Tartu_pedagoogiumi_aruanded, lk 7
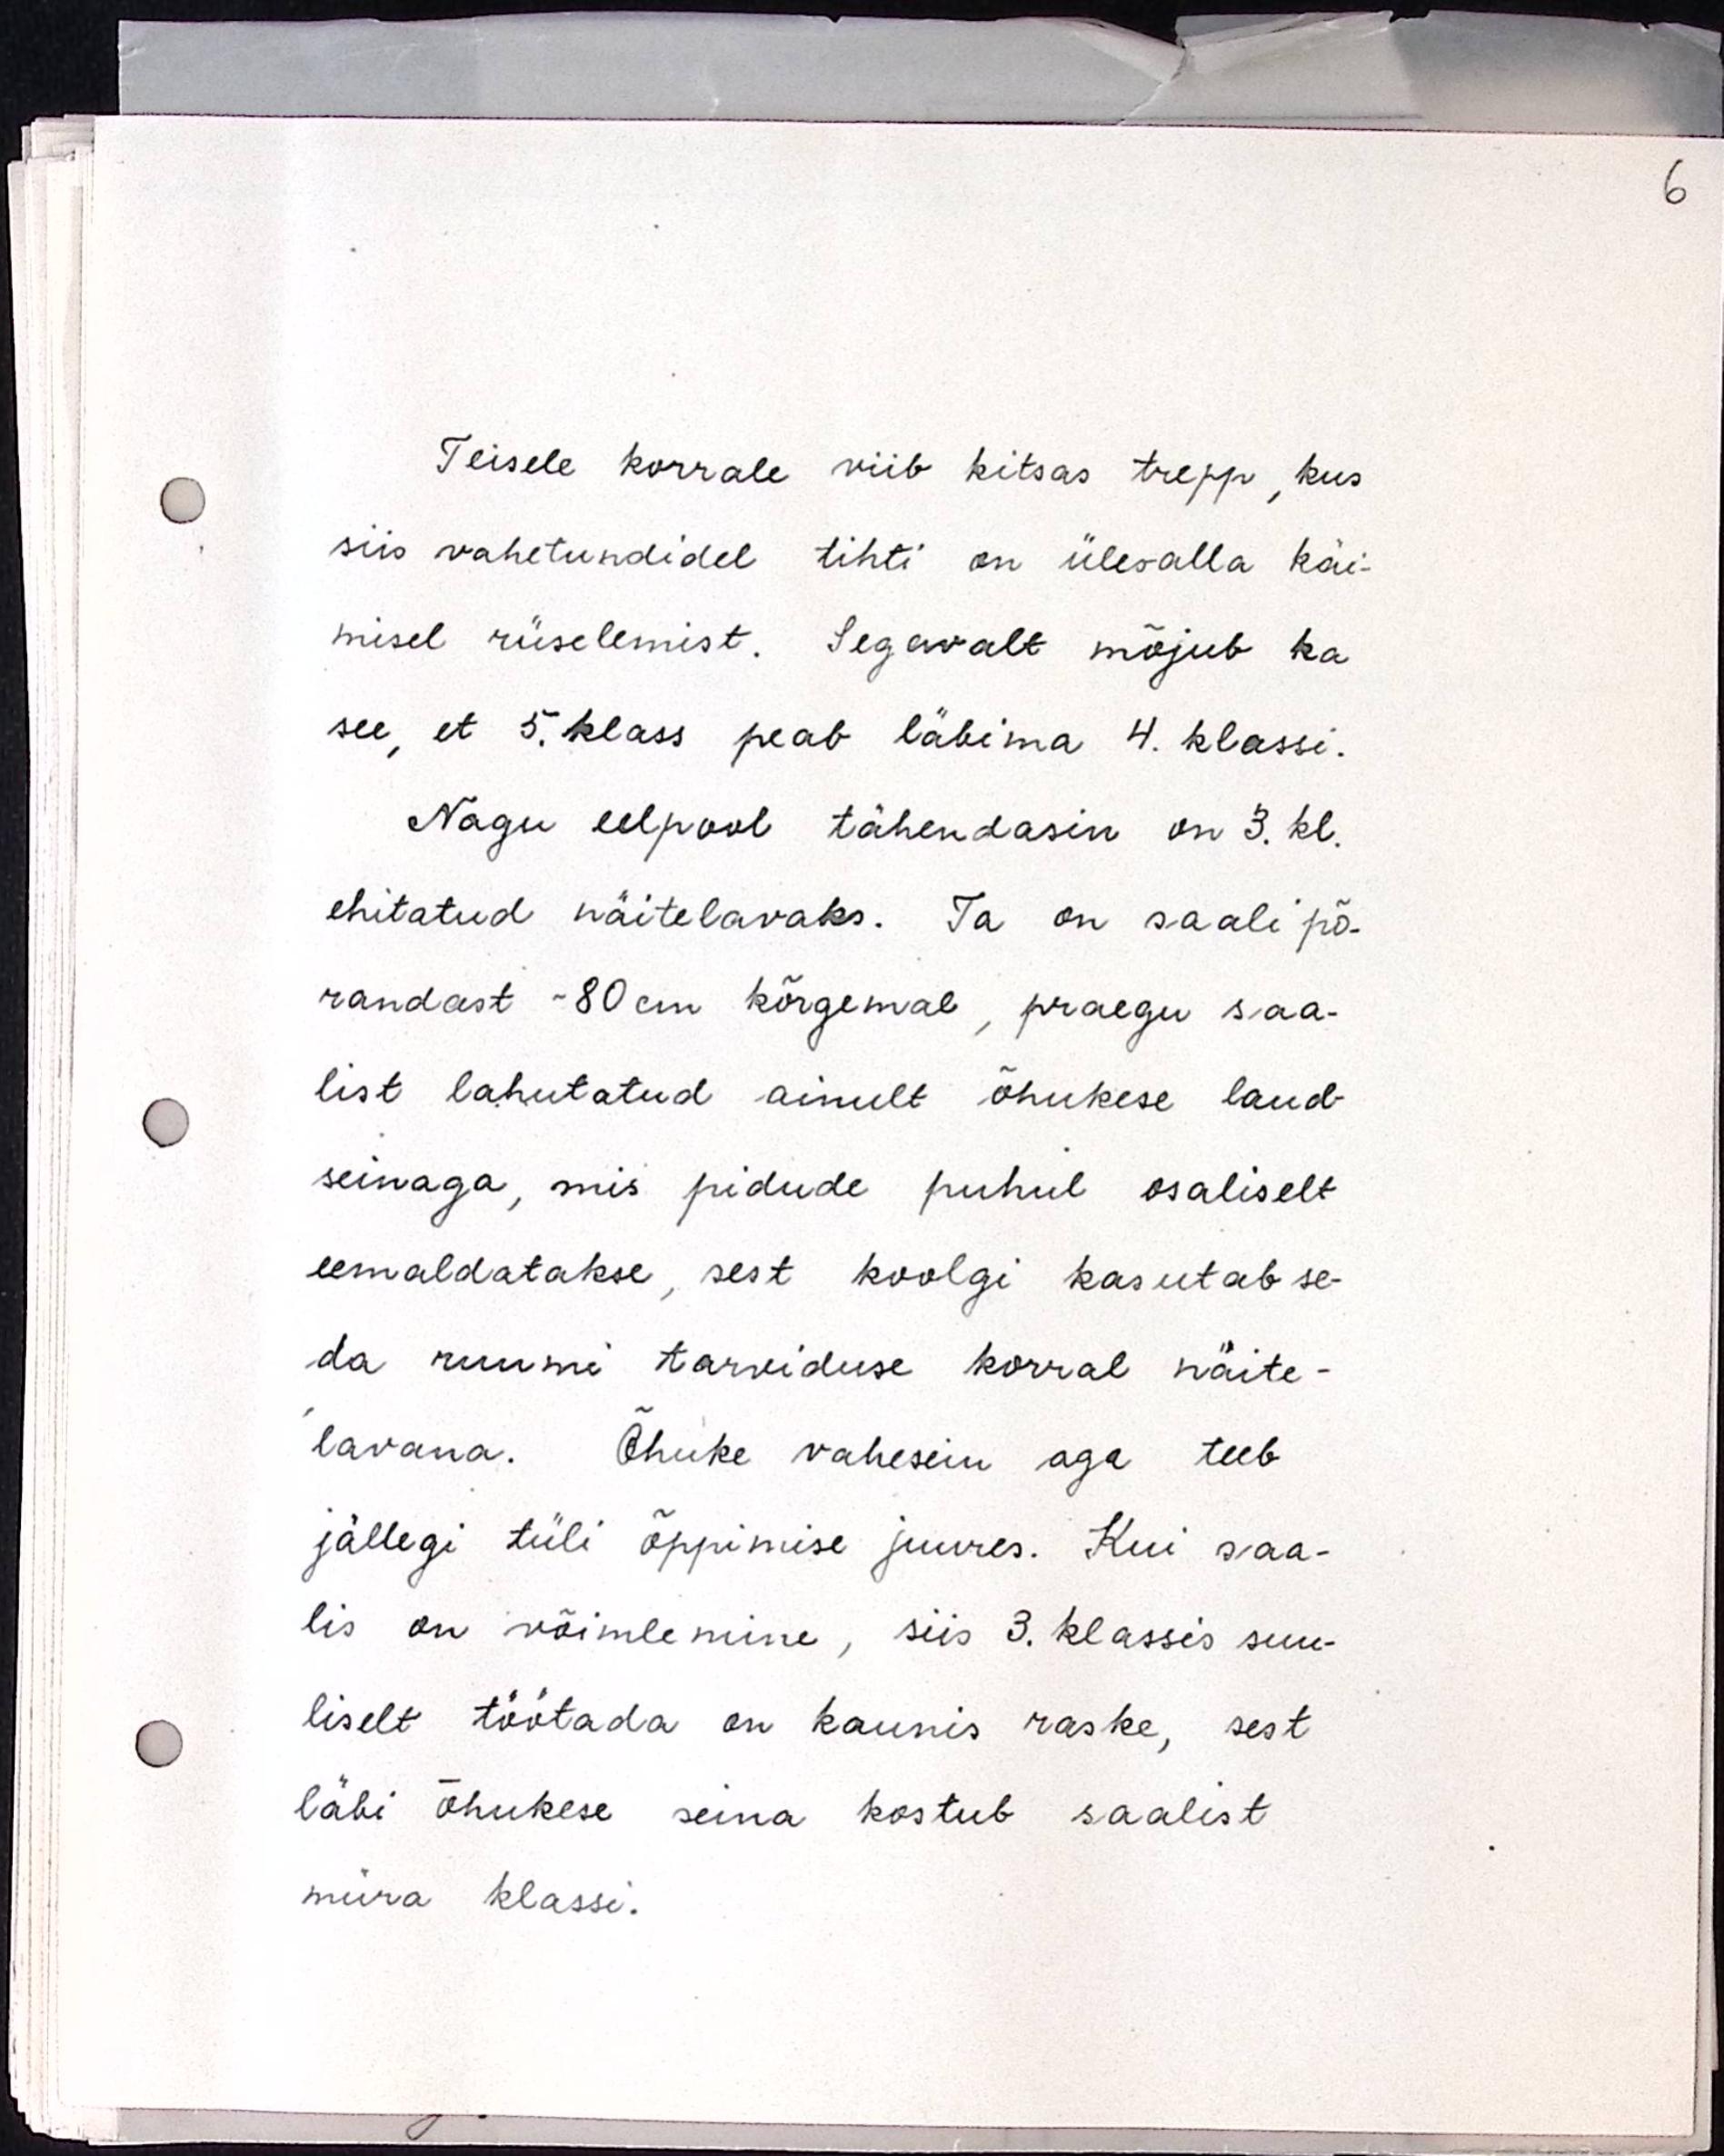
Teisele korrale viib kitsas trepp, kus
siis vahetundidel tihti on üles-alla käi-
misel rüselemist. Segavalt mõjub ka
see, et 5. klass peab läbima 4. klassi.
Nagu eelpool tähendasin on 3. kl.
ehitatud näitelavaks. Ta on saalipõ-
randast ~80cm kõrgemal, praegu saa-
list lahutatud ainult õhukese laud-
seinaga, mis pidude puhul osaliselt
eemaldatakse, sest koolgi kasutab se-
da ruumi tarviduse korral näite-
lavana. Õhuke vahesein aga teeb
jällegi tüli õppimise juures. Kui saa-
lis on võimlemine, siis 3. klassis suu-
liselt töötada on kaunis raske, sest
läbi õhukese seina kostub saalist
müra klassi.